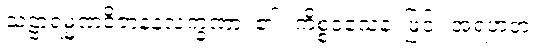
သဠာရမ္မဏဝိဇာနနလက္ခဏာ၊ ၏။ ကိစ္စဝသေန၊ ဖြင့်။ အရဟတံ၊